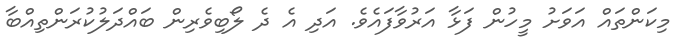
މިކަންތައް އަވަށު މީހުން ފަޅާ އަރުވާފައެވެ. އަދި އެ ދެ ލޯބިވެރިން ބައްދަލުކުރަންތިއްބާ